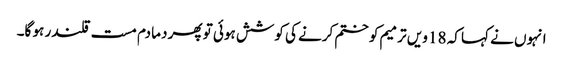
انہوں نے کہا کہ 18 ویں ترمیم کو ختم کرنے کی کوشش ہوئی تو پھر دما دم مست قلندر ہو گا۔